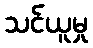
သင်ယူမှု